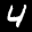
Label: 4